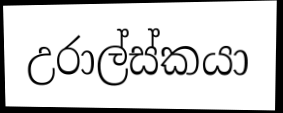
උරාල්ස්කයා